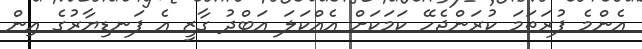
އެންމެ ފުރަތަމަ ކުރަންޖެހޭ ކަމަކަށް އެއްކަލަ އަބްދު ގާޒީ އެ ފަނޑިޔާރުގެ އިން